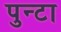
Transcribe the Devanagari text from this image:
पुन्टा